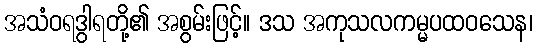
အသံဝရဒွါရတို့၏ အစွမ်းဖြင့်။ ဒသ အကုသလကမ္မပထဝသေန၊